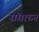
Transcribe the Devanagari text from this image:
संसाध्न